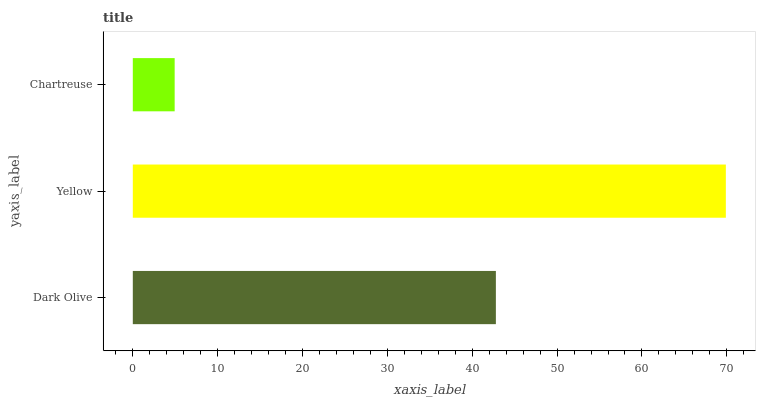
| yaxis_label | bars |
 | --- | --- |
 | Dark Olive | 42.8 |
 | Yellow | 69.9 |
 | Chartreuse | 4.93 |